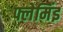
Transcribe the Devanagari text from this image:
फ्लेमिंइ